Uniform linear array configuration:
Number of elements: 4
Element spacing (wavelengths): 0.5
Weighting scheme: hamming
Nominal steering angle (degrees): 60
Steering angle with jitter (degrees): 59.529
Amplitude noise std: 0.05
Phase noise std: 0.05

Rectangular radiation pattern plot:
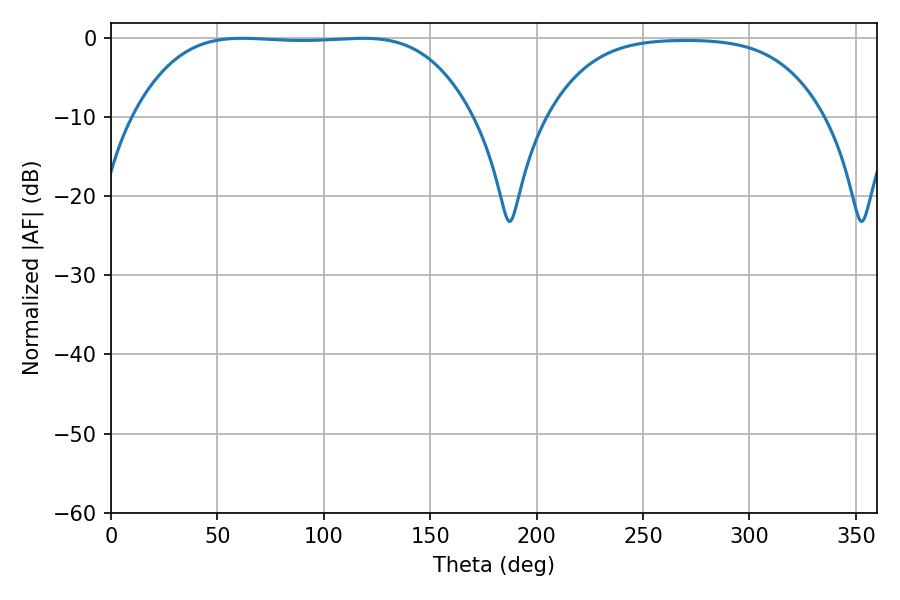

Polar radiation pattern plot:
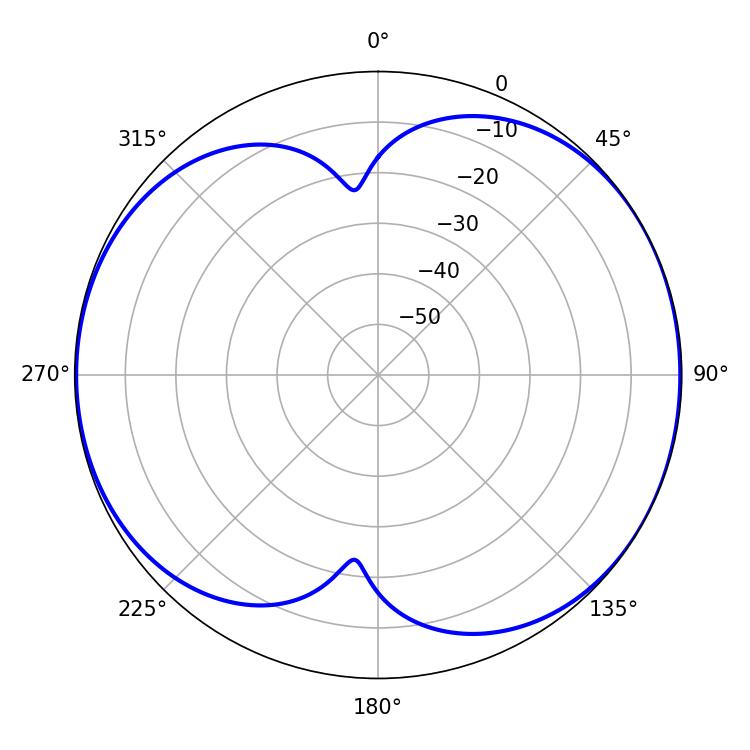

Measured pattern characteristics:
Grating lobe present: FALSE
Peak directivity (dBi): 6.875
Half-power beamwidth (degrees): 122.4
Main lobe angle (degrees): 61.56